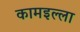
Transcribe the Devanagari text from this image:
कामइल्ला